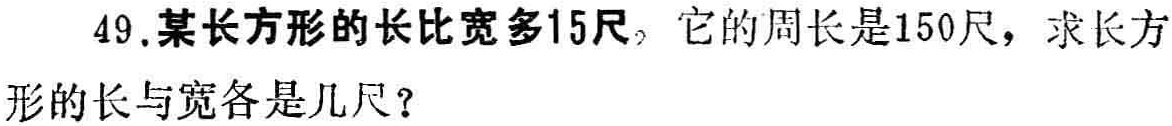
49.某长方形的长比宽多15尺，它的周长是150尺，求长方形的长与宽各是几尺？